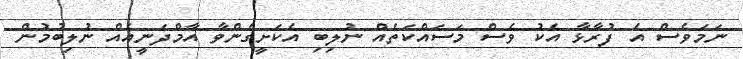
ނަމަވެސް އެ ފުރާޅާ އެކު ވެސް މަސައްކަތެއް ނުލިބި އެކަށީގެންވާ އާމްދަނީއެއް ނުލިބުމުން